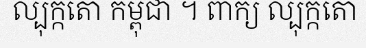
ល្បុក្កតោ កម្ពុជា ។ ពាក្យ ល្បុក្កតោ